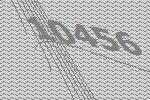
10456